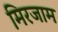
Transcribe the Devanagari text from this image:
मिरजाम